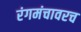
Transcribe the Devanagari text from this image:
रंगमंचावरच